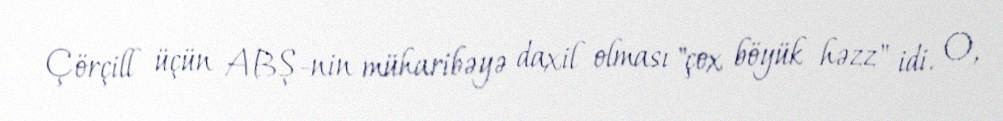
Çörçill üçün ABŞ-nin müharibəyə daxil olması "çox böyük həzz" idi. O,